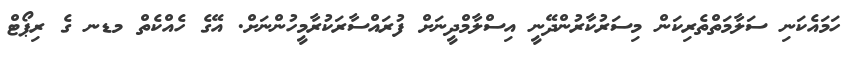
ހަމައެކަނި ސަލާމަތްތެރިކަން މިސަރުކާރުންދޭނީ އިސްލާމްދީނަށް ފުރައްސާރަކުރާމީހުންނަށް. އޭގެ ހެއްކެތް މޑނ ގެ ރިޕޯޓް